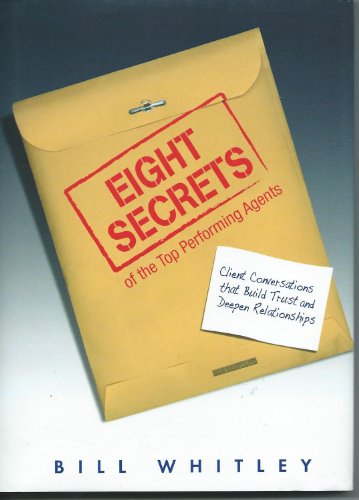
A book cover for Eight Secrets of the Top Performing Agents; Bill Whitley; Business & Money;